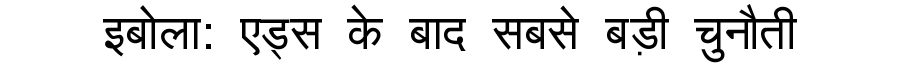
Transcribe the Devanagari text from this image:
इबोला: एड्स के बाद सबसे बड़ी चुनौती